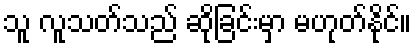
သူ လူသတ်သည် ဆိုခြင်းမှာ မဟုတ်နိုင်။